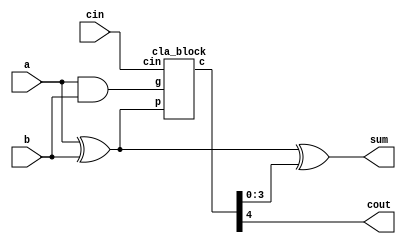
`timescale 1ns / 1ps
//////////////////////////////////////////////////////////////////////////////////
// Company: 
// Engineer: 
// 
// Design Name: 
// Module Name: cla_adder
// Project Name: 
// Target Devices: 
// Tool Versions: 
// Description: 
// 
// Dependencies: 
// 
// Revision:
// Revision 0.01 - File Created
// Additional Comments:
// 
//////////////////////////////////////////////////////////////////////////////////


module cla_adder(
    input [3:0] a,
    input [3:0] b,
    input cin,
    output [3:0] sum,
    output cout
    );
wire [3:0] p,g;
wire [4:0] c;

assign p = a^b;
assign g = a&b;

cla_block main (p,g,cin,c);

assign sum = p ^ c [3:0];
assign cout = c[4];
endmodule

module cla_block (
    input [3:0] p,g,
    input cin,
    output [4:0] c
    );

assign c[0] = cin;
assign c[1] = g[0] | (p[0] & cin);
assign c[2] = g[1] | (p[1]&g[0]) |  (p[1]&p[0]&cin);
assign c[3] = g[2] | (p[2]&g[1]) | (p[2]&p[1]&g[0]) | (p[2]&p[1]&p[0]&cin);
assign c[4] = g[3] | (p[3]&g[2]) | (p[3]&p[2]&g[1]) | (p[3]&p[2]&p[1]&g[0]) | (p[3]&p[2]&p[1]&p[0]&cin);
endmodule